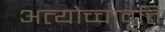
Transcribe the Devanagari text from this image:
अत्योच्चावृत्ति